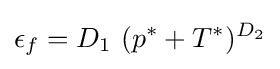
\epsilon _{f}=D_{1}~(p^{*}+T^{*})^{D_{2}}